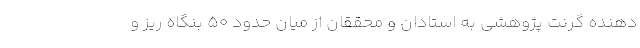
دهنده گرنت پژوهشی به استادان و محققان از میان حدود ۵۰ بنگاه ریز و